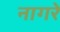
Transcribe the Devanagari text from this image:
नागरे